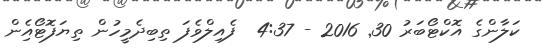
ކަލާންގެ އޮކްޓޯބަރު 30